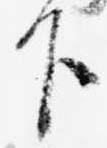
下